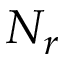
N _ { r }